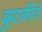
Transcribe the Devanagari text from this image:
कुटकीचे